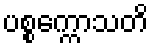
ပစ္စက္ကောသတိ